Civil Veterinary Dept. North-West Frontier Province 1933-46 - 1933-1946
Year: 1933
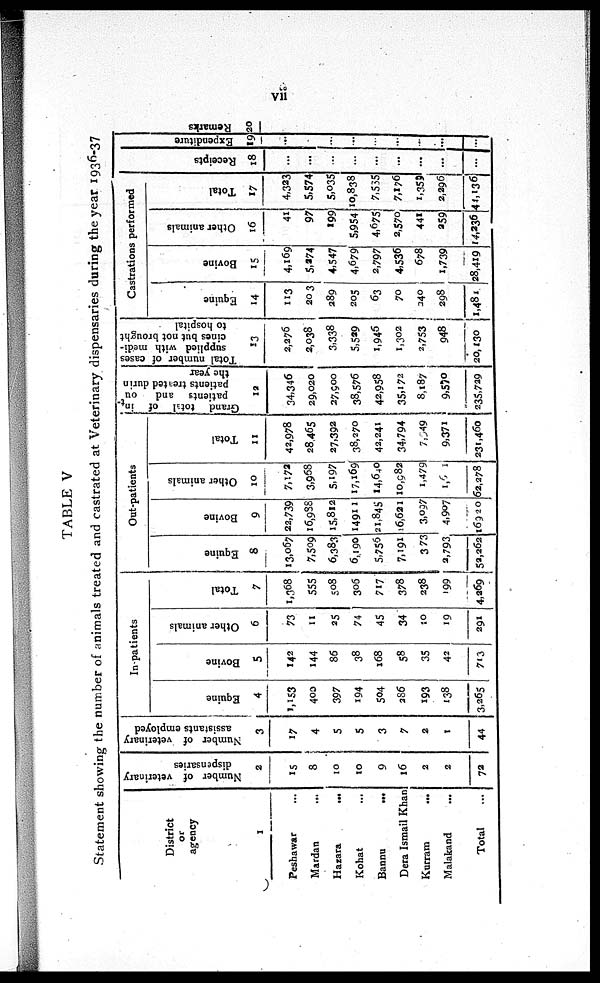
vii
TABLE V
Statement showing the number of animals treated and castrated at Veterinary dispensaries during the year 1936-37
District
or
agency
1
Peshawar ...
Mardan
...
Hazara
...
Kohat ...
Bannu ...
Dera Ismail Khan ...
Kurram
...
Malakand
...
Total ...
Number of veterinary
dispensaries
2
15
8
10
10
9
16
2
2
72
Number of veterinary
assistants employed
3
17
4
5
5
3
7
2
1
44
In-patients
Equine
4
1,153
400
397
194
594
386
193
138
3,265
Bovine
5
142
144
86
38
168
58
35
42
713
Other animals
6
73
11
25
74
45
34
20
19
291
Total
7
1,368
555
508
306
717
378
238
199
4,269
Out-patients
Equine
8
13,067
7,509
6,383
6,190
5,756
7,191
3 73
3,793
52,262
Bovine
9
22,739
16,988
15,812
14911
21,845
16,621
3,097
4,907
16920
Other animals
10
7,172
3,958
5,197
17,169
14,640
10,982
1,479
1,671
62,278
Total
11
42,978
28,465
27,392
38,270
42,241
34,794
7,549
9,371
231,460
Grand
total
of in
patients
and out
patients treated durin
the year
12
34,346
29,020
27,900
38,576
42,958
35,172
8,187
9,570
235,729
Total number of cases
supplied with medi-
cines but not brought
to hospital
13
2,276
2,038
3,338
5,529
1,946
1,302
2,753
948
20,130
Castrations performed
Equine
14
113
203
289
205
63
70
340
298
1,481
Bovine
15
4,169
5,274
4,547
4,679
2,797
4,536
678
1,739
28,419
Other animals
16
41
97
199
5,954
4,675
2,570
441
259
14,236
Total
17
4,323
5,574
5,035
10,838
7,555
7,176
1,359
2,296
41,136
Recei pt s
18
...
...
...
...
...
...
...
...
...
Expendi t
ur e
19
...
...
...
...
...
...
...
...
...
Re ma r
ks
20